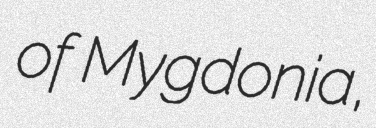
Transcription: of Mygdonia,